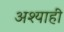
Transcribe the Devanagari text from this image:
अश्याही